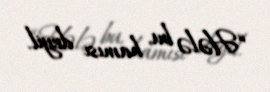
“Hələ bu, hamısı deyil.